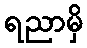
ရညာမှိ